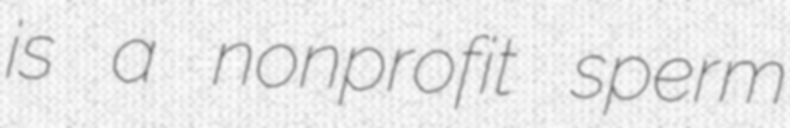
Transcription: is a nonprofit sperm